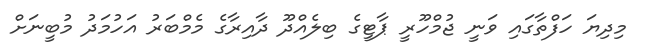
މިދިޔަ ހަފްތާގައި ވަނީ ޖުމްހޫރީ ޕާޓީގެ ބިލެއްދޫ ދާއިރާގެ މެމްބަރު އަހުމަދު މުބީނަށް